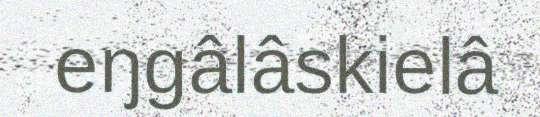
eŋgâlâskielâ